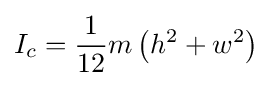
I_{c}={\frac {1}{12}}m\left(h^{2}+w^{2}\right)\,\!